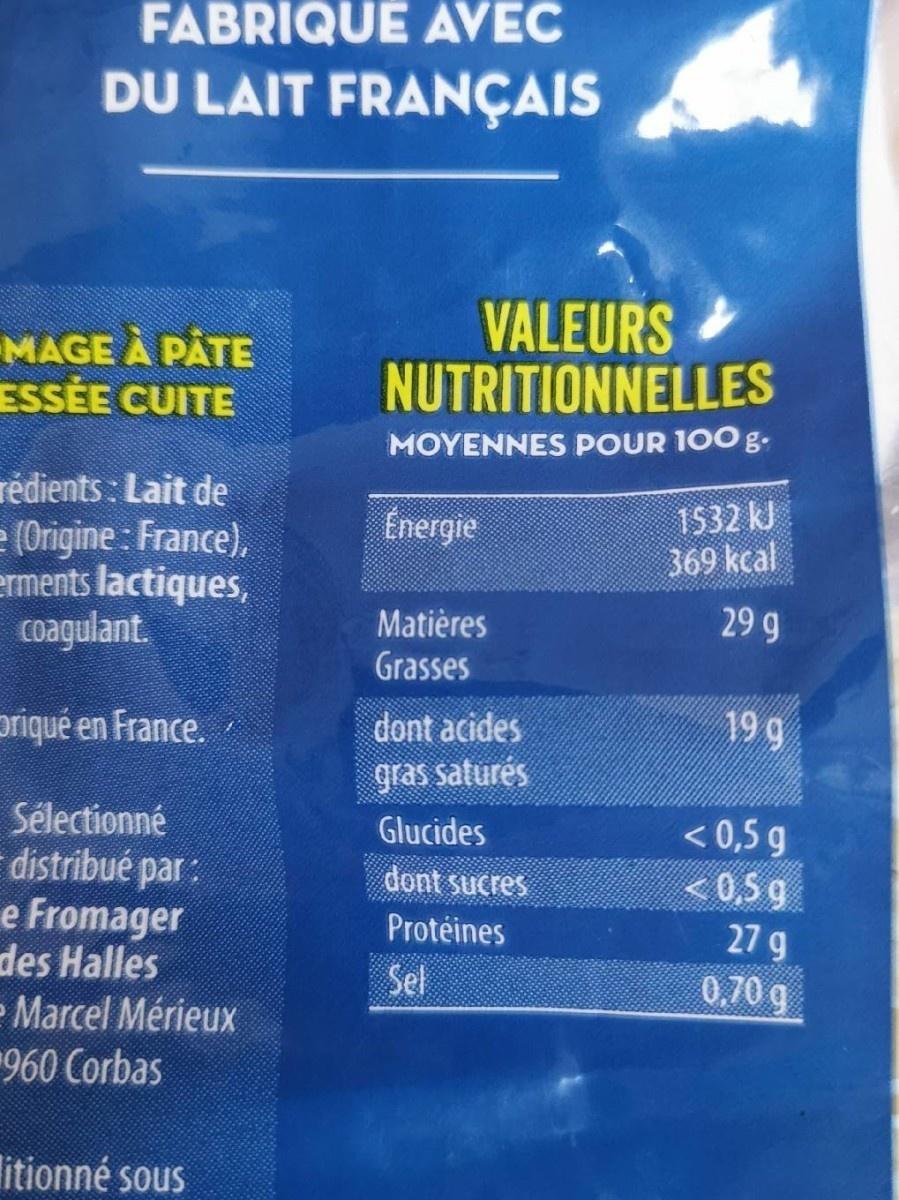
FABRIQUE AVEC
DU LAIT FRANÇAIS
MAGE À PĂTE ESSÉE CUITE
VALEURS NUTRITIONNELLES
MOYENNES POUR 100 g.
rédients : Lait de e (Origine : France), erments lactiques, coagulant.
Energie
1532 kJ
369 kcal
Matières
29 9
Grasses
priqué en France.
dont acides
19 g
gras saturés
Sélectionné distribué par : e Fromager des Halles e Marcel Mérieux 960 Corbas
< 0,5 g < 0,5 g 27 g 0,70 g
Glucides
dont sucres
Protéines
Sel
itionné sous